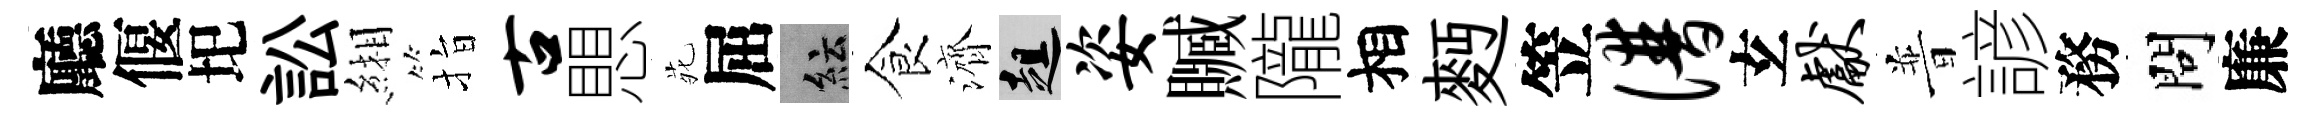
廳偃圯訟緗指古愳𫟍屈紜食濟趄姿贓隴相麪笠谱𤣥献普諺務問廉